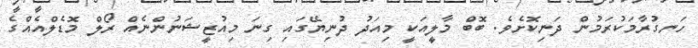
ހަނގުރާމަކުރަމުން ދަނިކޮށެވެ. ބޮބް މާލީއަކީ މިއަދު ދުނިޔޭގައި ގިނަ މިއުޒީޝަނުންނެއް ރޯލް މޮޑެލްއެއްގެ